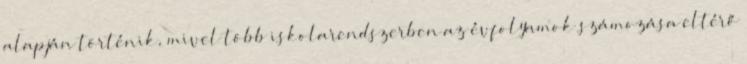
alapján történik, mivel több iskolarendszerben az évfolyamok számozása eltérő